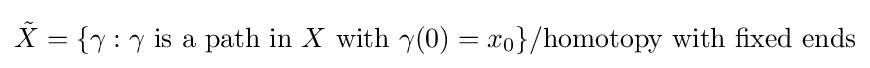
{\tilde {X}}=\{\gamma :\gamma {\text{ is a path in }}X{\text{ with }}\gamma (0)=x_{0}\}/{\text{homotopy with fixed ends}}